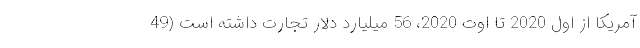
آمریکا از اول 2020 تا اوت 2020، 56 میلیارد دلار تجارت داشته است (49